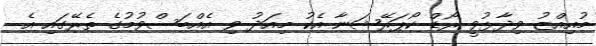
މުއިއްޒު ވިދާޅުވީ ރޯޑް ކޯޕަރޭޝަނާ އެކު މިއަދު ވި އެއްބަސްވުމުގެ ތެރޭގައި އެ